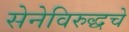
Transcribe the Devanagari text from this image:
सेनेविरुद्धचे